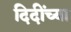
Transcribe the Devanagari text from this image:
दिदींच्या